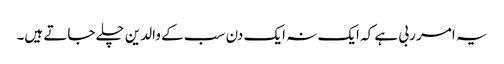
یہ امر ربی ہے کہ ایک نہ ایک دن سب کے والدین چلے جاتے ہیں۔